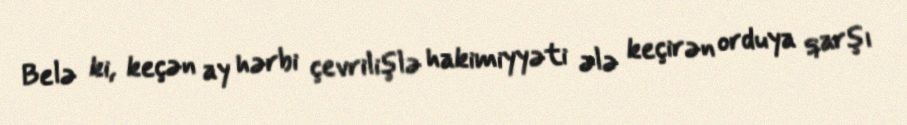
Belə ki, keçən ay hərbi çevrilişlə hakimiyyəti ələ keçirən orduya qarşı